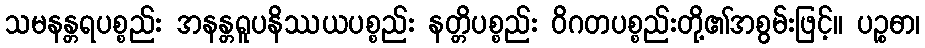
သမနန္တရပစ္စည်း အနန္တရူပနိဿယပစ္စည်း နတ္တိပစ္စည်း ဝိဂတပစ္စည်းတို့၏အစွမ်းဖြင့်။ ပဉ္စဓာ၊